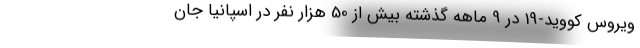
ویروس کووید-19 در 9 ماهه گذشته بیش از 50 هزار نفر در اسپانیا جان